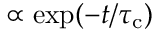
\propto \exp ( - t / \tau _ { \mathrm { c } } )